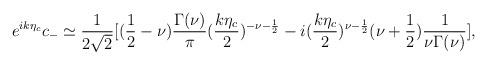
LaTeX: \begin{align*}e^{ik\eta_c} c_{-} \simeq \frac{1}{2\sqrt{2}}[(\frac{1}{2}-\nu) \frac{\Gamma(\nu)}{\pi} ( \frac{k\eta_{c}}{2})^{-\nu-\frac{1}{2}} - i (\frac{k\eta_c}{2})^{\nu -\frac{1}{2}} (\nu +\frac{1}{2}) \frac{1}{\nu\Gamma(\nu)}], \end{align*}